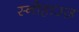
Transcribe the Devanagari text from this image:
स्नोहाउज़